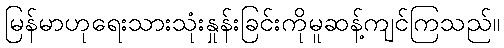
မြန်မာဟုရေးသားသုံးနှုန်းခြင်းကိုမူဆန့်ကျင်ကြသည်။